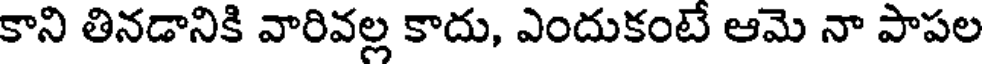
కాని తినడానికి వారివల్ల కాదు, ఎందుకంటే ఆమె నా పాపల